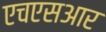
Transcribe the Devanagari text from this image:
एचएसआर